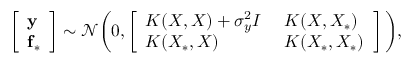
\left[ \begin{array} { l } { \mathbf { y } } \\ { \mathbf { f _ { * } } } \end{array} \right] \sim \mathcal { N } \bigg ( 0 , \left[ \begin{array} { l l } { K ( X , X ) + \sigma _ { y } ^ { 2 } I } & { K ( X , X _ { * } ) \: } \\ { K ( X _ { * } , X ) \phantom { + \: \: \sigma { y } ^ { 2 } } } & { K ( X _ { * } , X _ { * } ) } \end{array} \right] \bigg ) ,